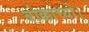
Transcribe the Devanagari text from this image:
बोक्काच्यो।